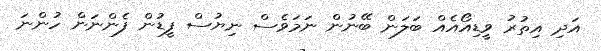
އަދި އިތުރު ވީޑިއޯއެއް ބަލަން ބޭނުން ނަމަވެސް ނިޔުސް ފީޑުން ފެންނަން ހުންނަ